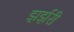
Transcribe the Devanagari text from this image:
झर्झरी